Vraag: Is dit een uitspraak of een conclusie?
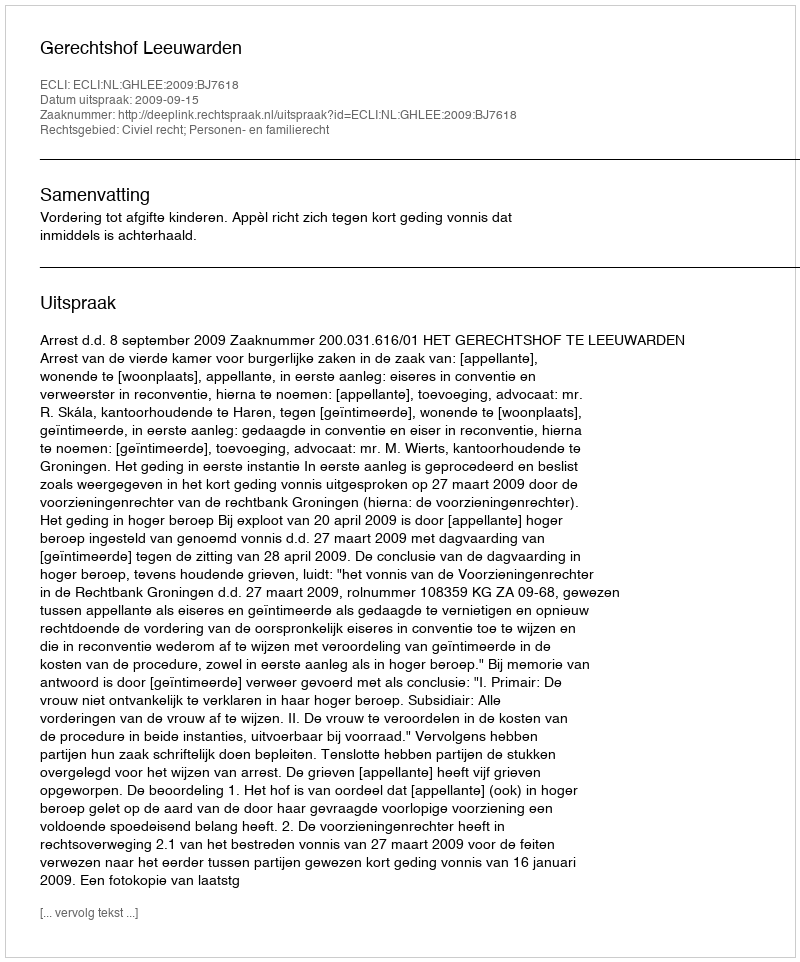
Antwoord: Uitspraak